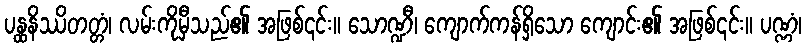
ပန္ထနိဿိတတ္တံ၊ လမ်းကိုမှီသည်၏ အဖြစ်၎င်း။ သောဏ္ဍီ၊ ကျောက်ကန်ရှိသော ကျောင်း၏ အဖြစ်၎င်း။ ပဏ္ဏံ၊